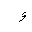
Letter: _waw